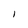
Character: I